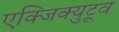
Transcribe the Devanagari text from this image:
एक्जिक्युटूव